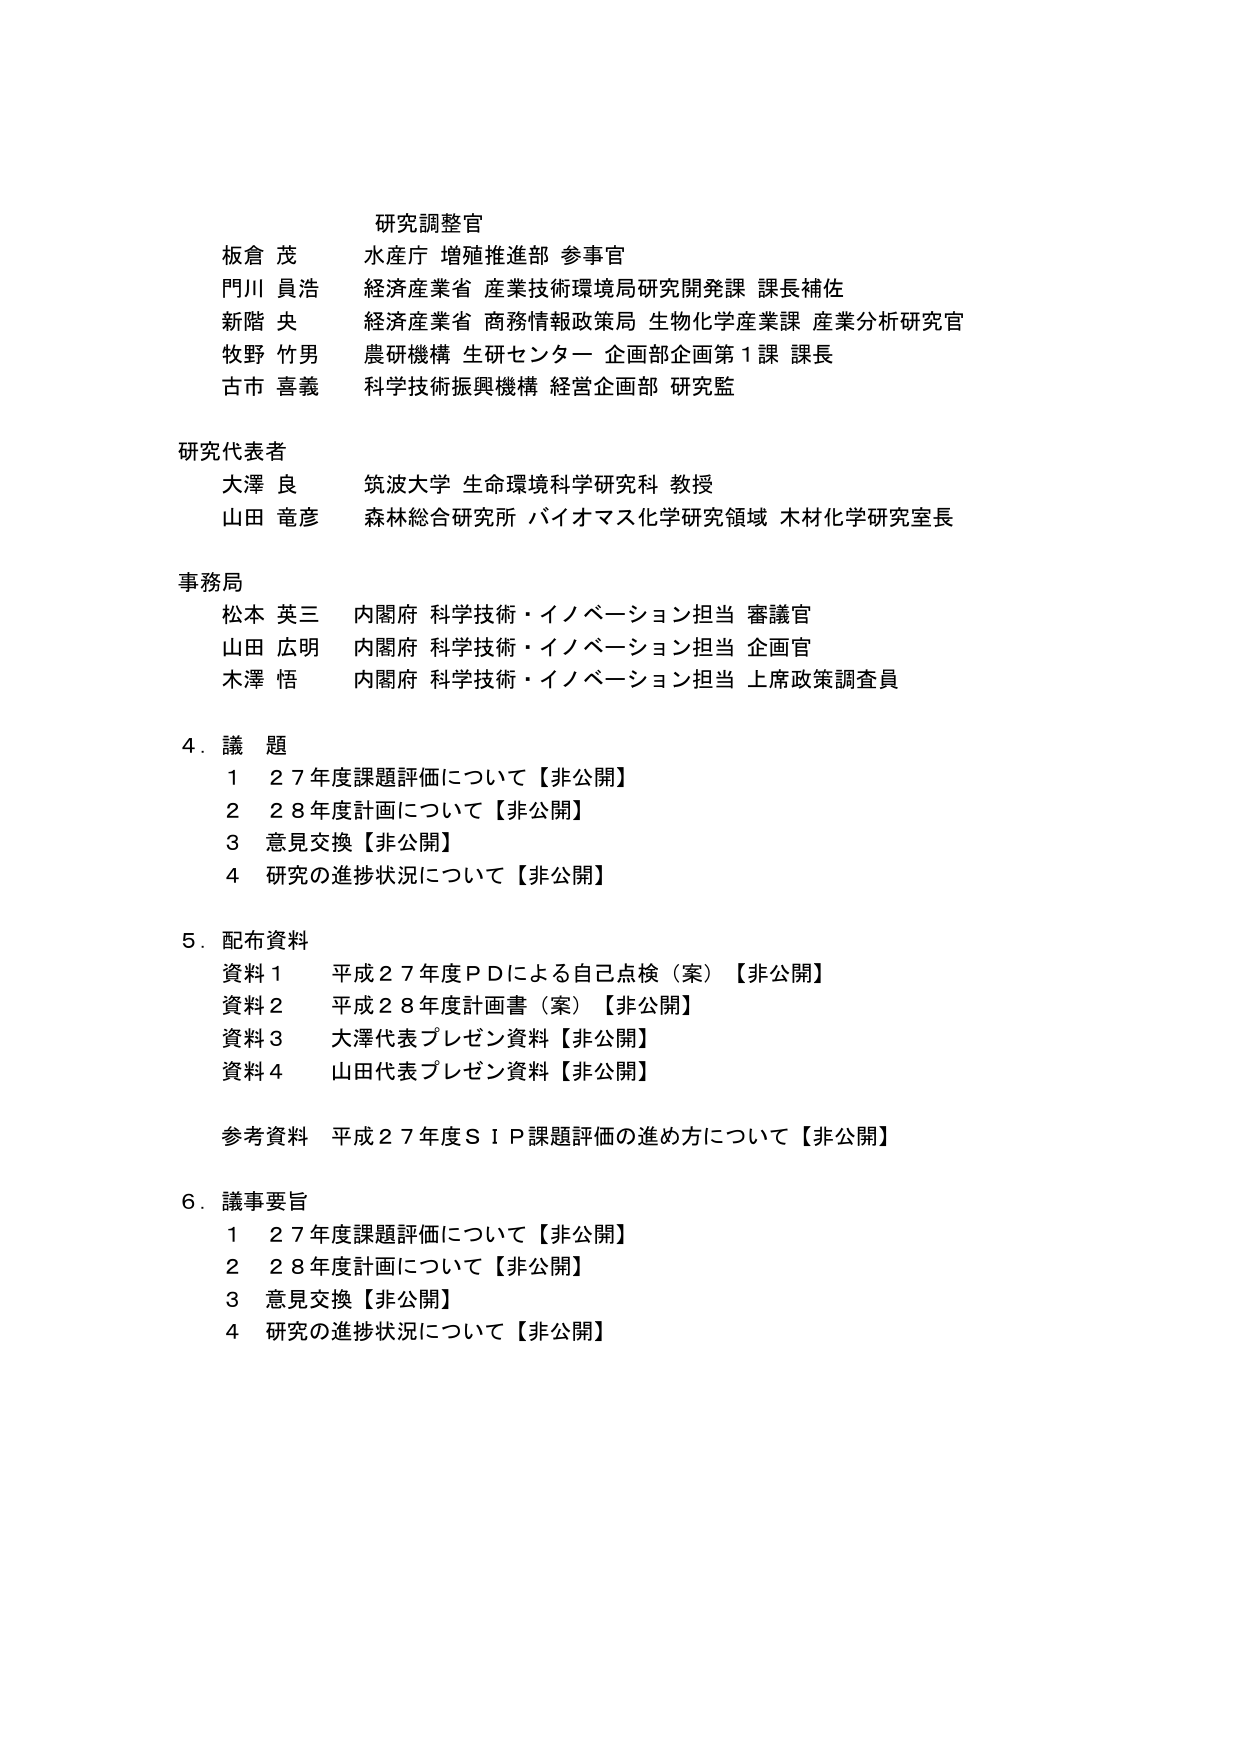
研究調整官
板倉 茂 水産庁 増殖推進部 参事官
門川 員浩 経済産業省 産業技術環境局研究開発課 課長補佐
新階 央 経済産業省 商務情報政策局 生物化学産業課 産業分析研究官
牧野 竹男 農研機構 生研センター 企画部企画第１課 課長
古市 喜義 科学技術振興機構 経営企画部 研究監

研究代表者
大澤 良 筑波大学 生命環境科学研究科 教授
山田 竜彦 森林総合研究所 バイオマス化学研究領域 木材化学研究室長

事務局
松本 英三 内閣府 科学技術・イノベーション担当 審議官
山田 広明 内閣府 科学技術・イノベーション担当 企画官
木澤 悟 内閣府 科学技術・イノベーション担当 上席政策調査員

4. 議題
1 27年度課題評価について【非公開】
2 28年度計画について【非公開】
3 意見交換【非公開】
4 研究の進捗状況について【非公開】

5. 配布資料
資料1 平成27年度PDによる自己点検（案）【非公開】
資料2 平成28年度計画書（案）【非公開】
資料3 大澤代表プレゼン資料【非公開】
資料4 山田代表プレゼン資料【非公開】

参考資料 平成27年度SIP課題評価の進め方について【非公開】

6. 議事要旨
1 27年度課題評価について【非公開】
2 28年度計画について【非公開】
3 意見交換【非公開】
4 研究の進捗状況について【非公開】